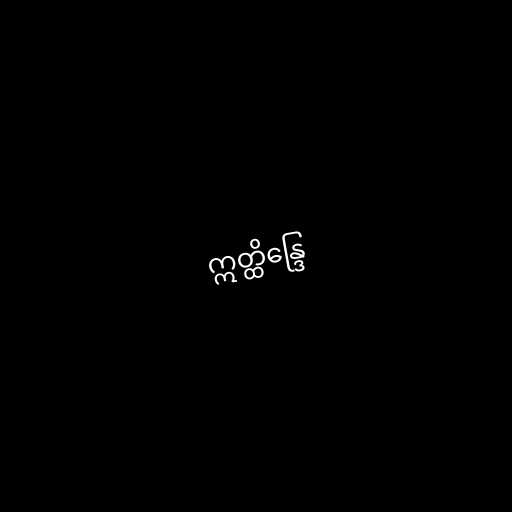
ဣတ္ထိန္ဒြေ